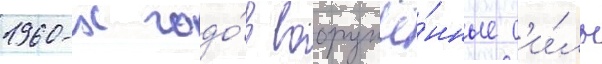
1960-х годо́в вооружё́нные с'и́лы